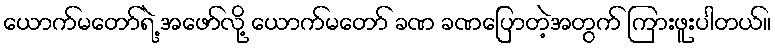
ယောက်မတော်ရဲ့ အဖော်လို့ ယောက်မတော် ခဏ ခဏပြောတဲ့အတွက် ကြားဖူးပါတယ်။